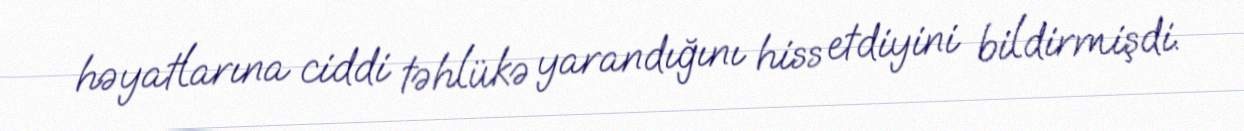
həyatlarına ciddi təhlükə yarandığını hiss etdiyini bildirmişdi.